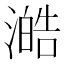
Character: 澔